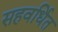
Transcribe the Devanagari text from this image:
सहवर्धित